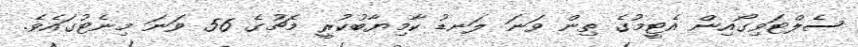
ސެލްޓަވިގޯއިން އެޓީމުގެ ތިން ވަނަ ލަނޑު ކާމިޔާބުކުރީ މެޗުގެ 56 ވަނަ މިނެޓުގައެވެ.